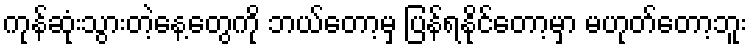
ကုန်ဆုံးသွားတဲ့နေ့တွေကို ဘယ်တော့မှ ပြန်ရနိုင်တော့မှာ မဟုတ်တော့ဘူး